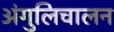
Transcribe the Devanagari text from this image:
अंगुलिचालन